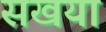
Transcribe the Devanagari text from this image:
सखया